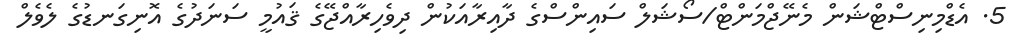
5. އެޑްމިނިސްޓްޝަން މެނޭޖްމަންޓް/ސޯޝަލް ސައިންސްގެ ދާއިރާއަކުން ދިވެހިރާއްޖޭގެ ޤައުމީ ސަނަދުގެ އޮނިގަނޑުގެ ލެވެލް